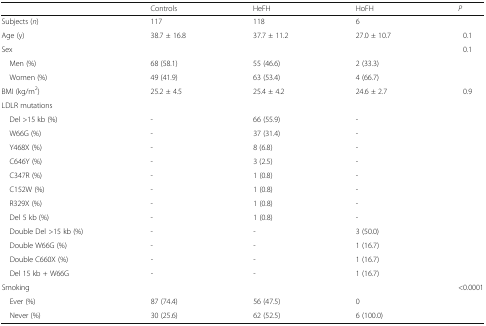
<table><thead><tr><td></td><td><b>Controls</b></td><td><b>HeFH</b></td><td><b>HoFH</b></td><td><b><i>P</i></b></td></tr></thead><tbody><tr><td>Subjects (<i>n</i>)</td><td>117</td><td>118</td><td>6</td><td></td></tr><tr><td>Age (y)</td><td>38.7 ± 16.8</td><td>37.7 ± 11.2</td><td>27.0 ± 10.7</td><td>0.1</td></tr><tr><td>Sex</td><td></td><td></td><td></td><td>0.1</td></tr><tr><td> Men (%)</td><td>68 (58.1)</td><td>55 (46.6)</td><td>2 (33.3)</td><td></td></tr><tr><td> Women (%)</td><td>49 (41.9)</td><td>63 (53.4)</td><td>4 (66.7)</td><td></td></tr><tr><td>BMI (kg/m<sup>2</sup>)</td><td>25.2 ± 4.5</td><td>25.4 ± 4.2</td><td>24.6 ± 2.7</td><td>0.9</td></tr><tr><td colspan="5">LDLR mutations</td></tr><tr><td> Del &gt;15 kb (%)</td><td>-</td><td>66 (55.9)</td><td>-</td><td></td></tr><tr><td> W66G (%)</td><td>-</td><td>37 (31.4)</td><td>-</td><td></td></tr><tr><td> Y468X (%)</td><td>-</td><td>8 (6.8)</td><td>-</td><td></td></tr><tr><td> C646Y (%)</td><td>-</td><td>3 (2.5)</td><td>-</td><td></td></tr><tr><td> C347R (%)</td><td>-</td><td>1 (0.8)</td><td>-</td><td></td></tr><tr><td> C152W (%)</td><td>-</td><td>1 (0.8)</td><td>-</td><td></td></tr><tr><td> R329X (%)</td><td>-</td><td>1 (0.8)</td><td>-</td><td></td></tr><tr><td> Del 5 kb (%)</td><td>-</td><td>1 (0.8)</td><td>-</td><td></td></tr><tr><td> Double Del &gt;15 kb (%)</td><td>-</td><td>-</td><td>3 (50.0)</td><td></td></tr><tr><td> Double W66G (%)</td><td>-</td><td>-</td><td>1 (16.7)</td><td></td></tr><tr><td> Double C660X (%)</td><td>-</td><td>-</td><td>1 (16.7)</td><td></td></tr><tr><td> Del 15 kb + W66G</td><td>-</td><td>-</td><td>1 (16.7)</td><td></td></tr><tr><td>Smoking</td><td></td><td></td><td></td><td>&lt;0.0001</td></tr><tr><td> Ever (%)</td><td>87 (74.4)</td><td>56 (47.5)</td><td>0</td><td></td></tr><tr><td> Never (%)</td><td>30 (25.6)</td><td>62 (52.5)</td><td>6 (100.0)</td><td></td></tr></tbody></table>